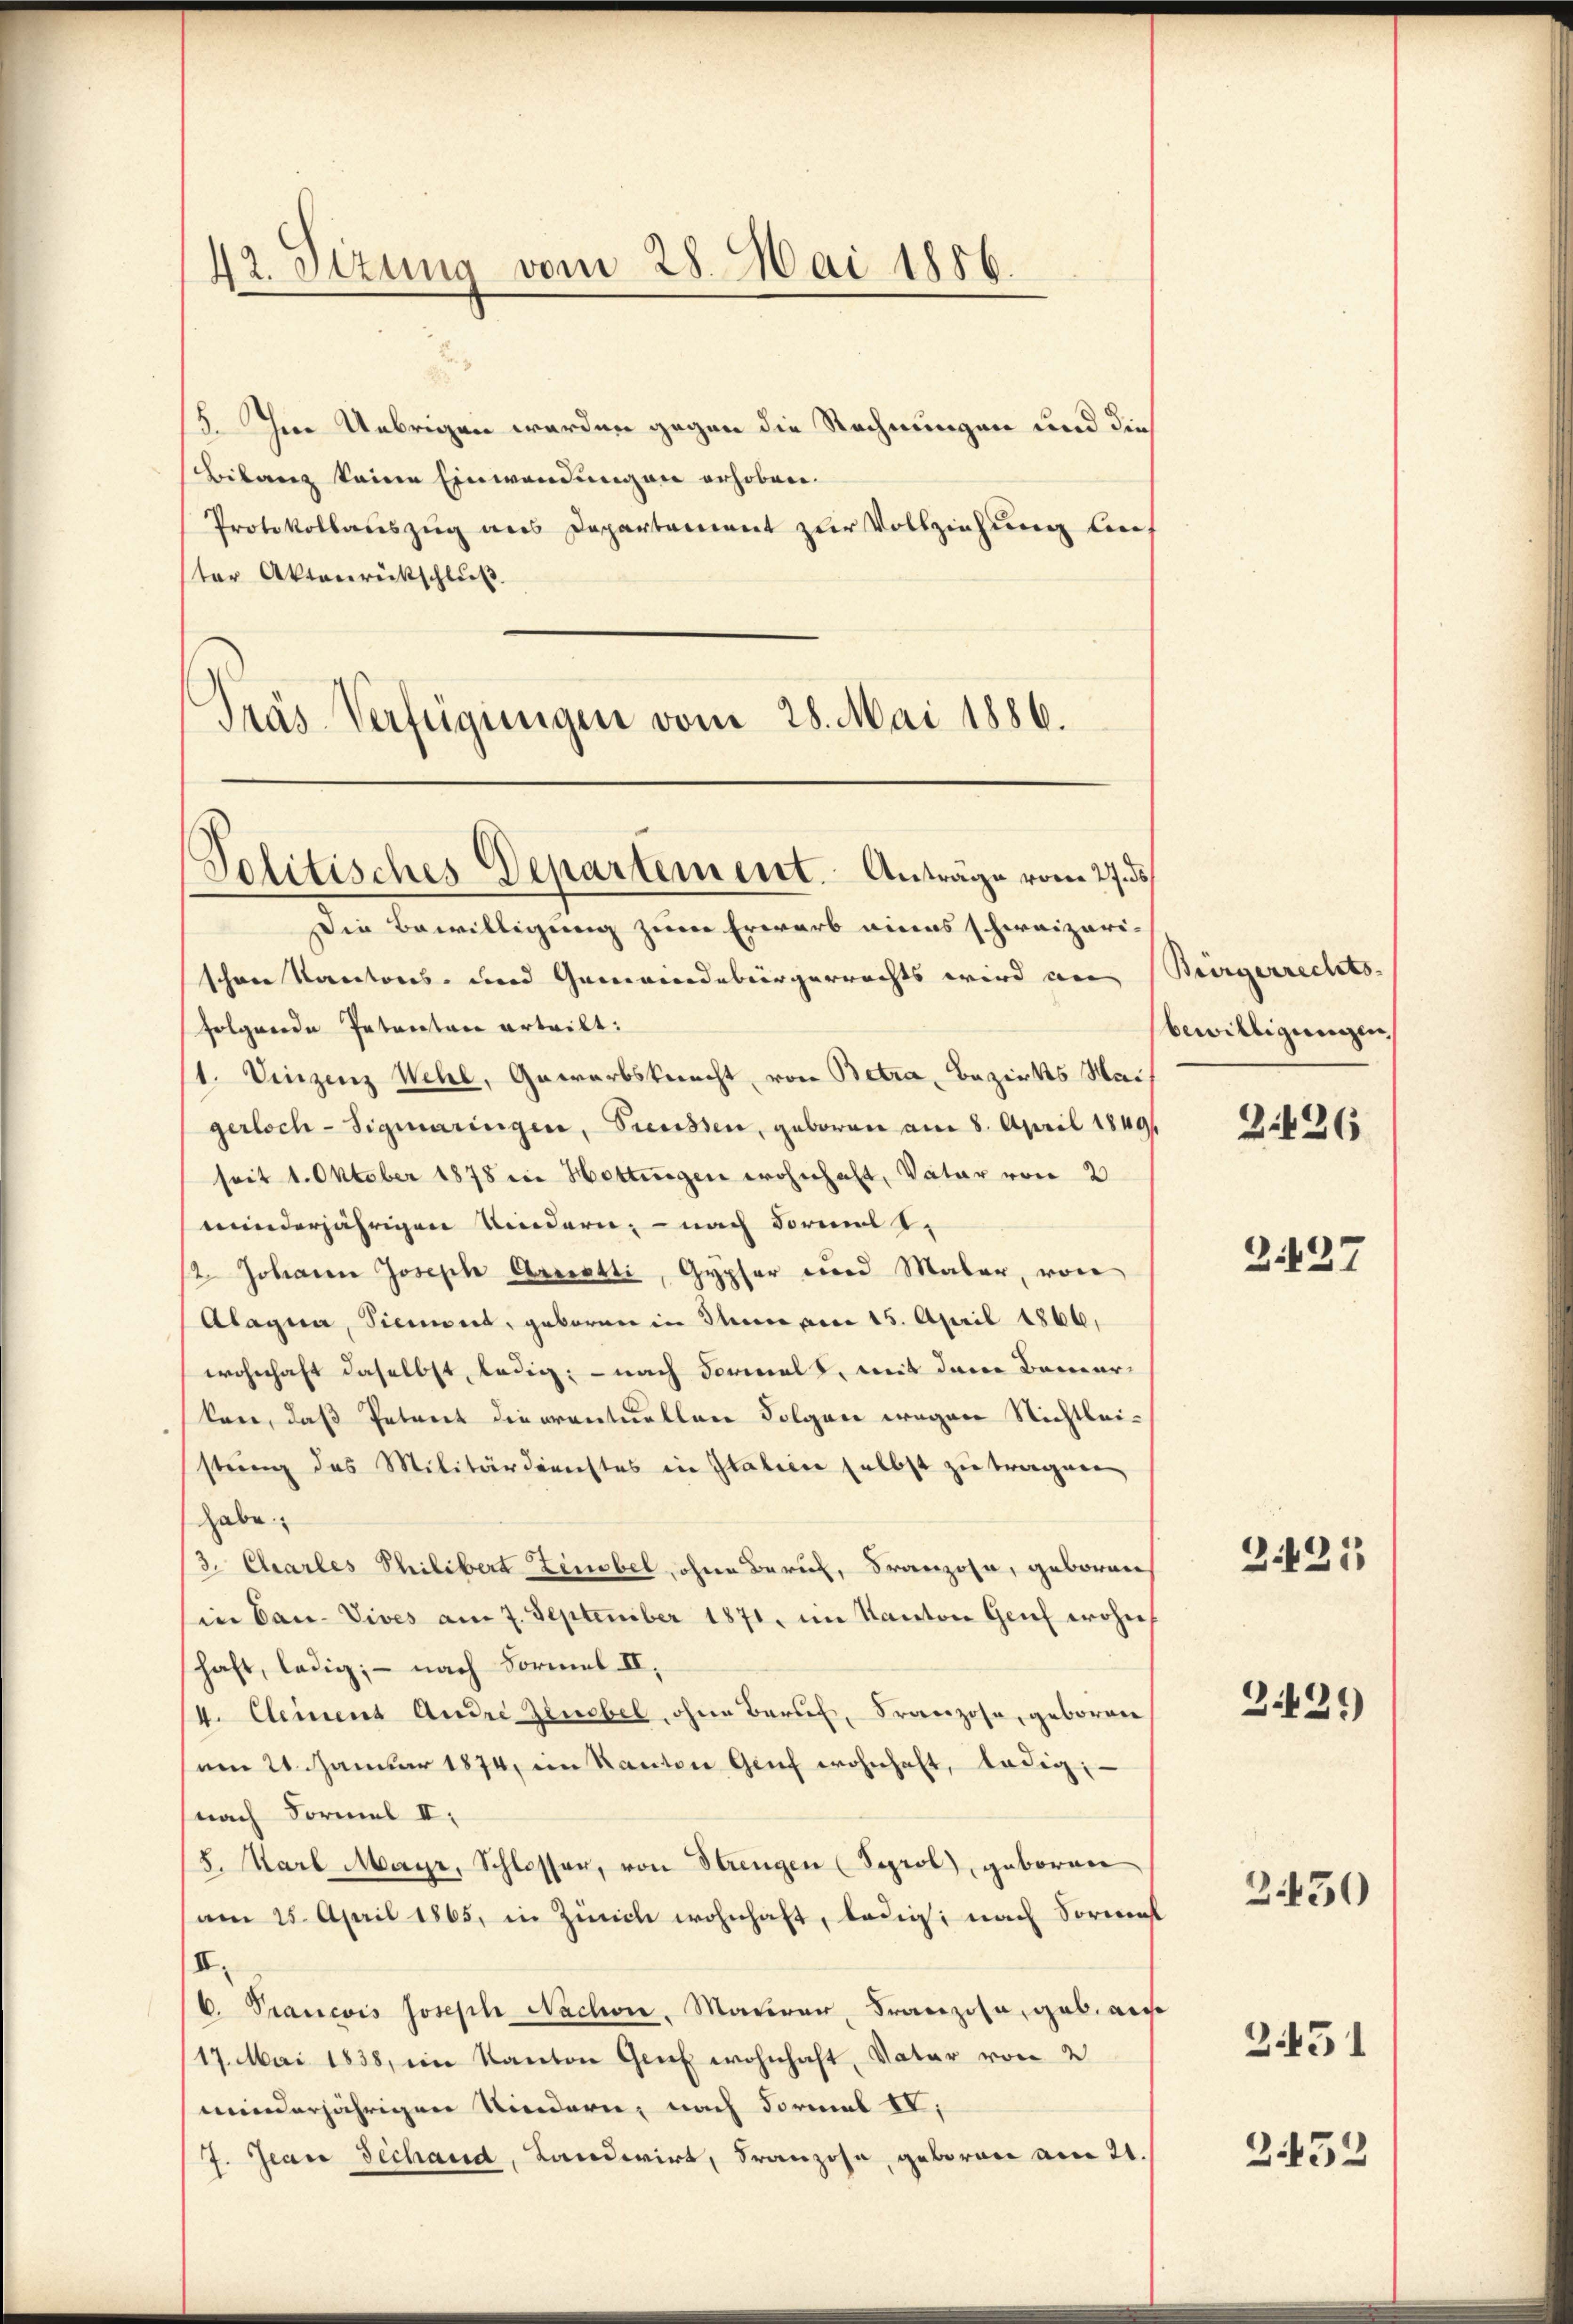
42. Sizung vom 28. Mai 1886.

15. Im Uebrigen werden gegen die Rechnungen und die
Bilanz keine Einwendungen erhoben.
Protokollauszug aus Departement zur Vollziehung lies
ter Aktenrückschluß
Präs Verfügungen vom 28. Mai 1886.

Die Bewilligung zum Erwarb eines schweizeri-
schöne Kantons- und Gemeindebürgerrechts wird an Bürgerrechts-
folgende Petenten erteilt:
1. Vinzenz Wehl, Gewerbsknecht, von Betra, Bezirks Mai
gerloch-Sigmaringen, Preussen, geboren am 8. April 1849
seit 1. Oktober 1878 in Hettingen wohnhaft, Vater von 2
minderjährigen Kindern, – nach Formal t
12. Johann Joseph Arrestli, Gypfer und Maler, von
Alagna, Siemont, gebornen in Therer von 15. April 1866,
wohnhaft daselbst, ledig; - nach Formals, mit dem Bemerkan, daß Petent die eventuellen Folgen wegen Nichtleistung des Militärdienstes in Italien selbst zu tragen
habe
3. Charles Philibert Zinobel, ohne Beruf, Franzose, geboren
in Can. Vives am 7. September 1871, im Kanton Genf wohn
shaft, ledig; — nach Formel II.
4. Cleinenz Andre Zinobel, ohne Beruf, Franzose, geboren
am 21. Januar 1874, im Kanton Genf wohnhaft, ledig,
nach Formel II.
8. Karl Mayr, Schlosser, von Strengen (Seprol), geboren
am 25. April 1865, in Zürich wohnhaft, ledig, nach Sormal
II.
C. Prancois Joseph Nachen, Mauren, Franzose, gab, als
17. Mai 1838, ein Kanton Genf wohnhaft, Vater von 2
minderjährigen Niedern, nach Formal IV,
7. Jean Fechand, Landwirt, Franzose, geboren am 21.

Politisches Departement. Anträge vom 27. d.

bewilligungen,

2:426

Z.127

2425

G.21)

3430

3451

2452